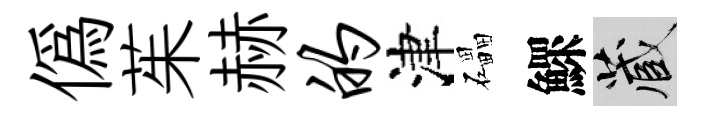
偽茱赫的津礧鰥藏